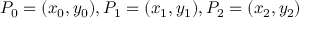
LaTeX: P _ { 0 } = ( x _ { 0 } , y _ { 0 } ) , P _ { 1 } = ( x _ { 1 } , y _ { 1 } ) , P _ { 2 } = ( x _ { 2 } , y _ { 2 } )